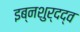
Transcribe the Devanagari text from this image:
इब्नशुर्दद्व